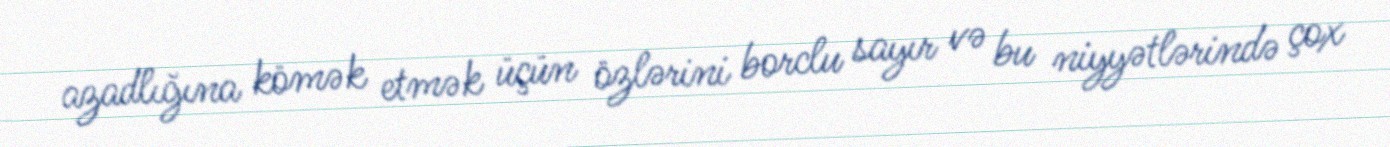
azadlığına kömək etmək üçün özlərini borclu sayır və bu niyyətlərində çox